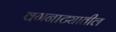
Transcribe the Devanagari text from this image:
वगनाट्यातील